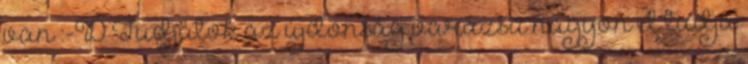
van :-D Tudjátok az újdonság varázsa nagyon el tudja